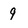
Character: 9